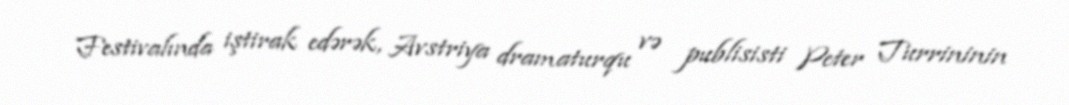
Festivalında iştirak edərək, Avstriya dramaturqu və publisisti Peter Turrininin